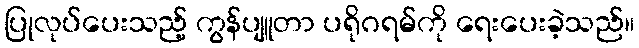
ပြုလုပ်ပေးသည့် ကွန်ပျူတာ ပရိုဂရမ်ကို ရေးပေးခဲ့သည်။